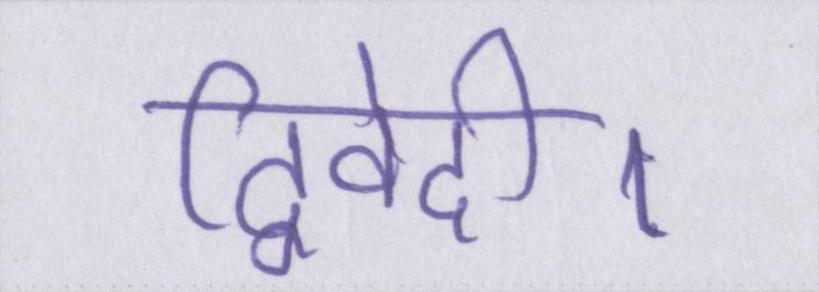
द्विवेदी।